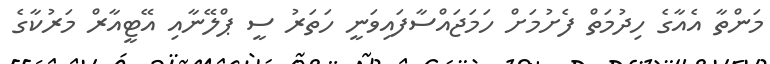
މަންތާ އެއާގެ ހިދުމަތް ފެށުމަށް ހަމަޖައްސާފައިވަނީ ހަތަރު ސީ ޕްލޭނާއި އޭޓީއާރް މަރުކާގެ